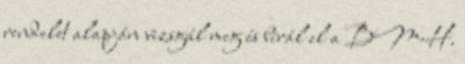
rendelet alapján vizsgál meg és bírál el a BMH.